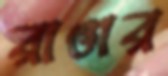
রাঙার